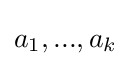
a_{1},...,a_{k}